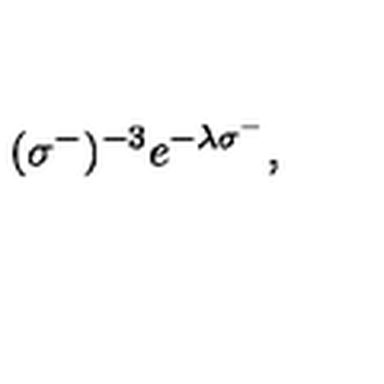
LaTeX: \: ( \sigma ^ { - } ) ^ { - 3 } e ^ { - \lambda \sigma ^ { - } } , \: